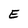
Character: E